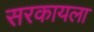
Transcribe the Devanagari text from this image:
सरकायला